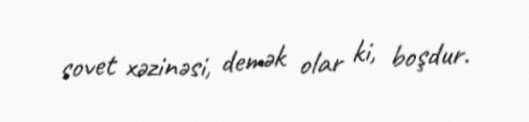
sovet xəzinəsi, demək olar ki, boşdur.